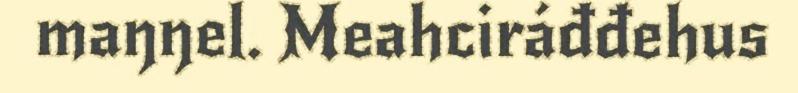
maŋŋel. Meahciráđđehus